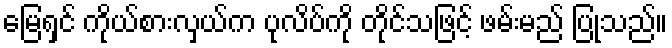
မြေရှင် ကိုယ်စားလှယ်က ပုလိပ်ကို တိုင်သဖြင့် ဖမ်းမည် ပြုသည်။